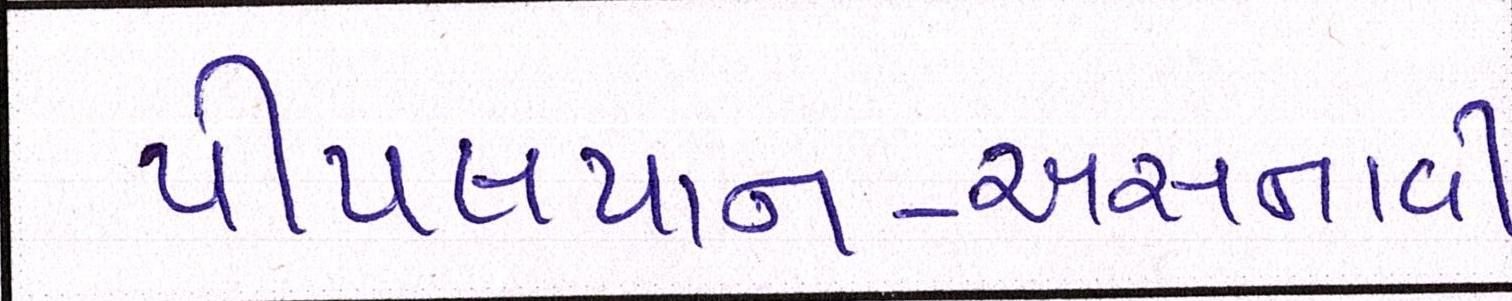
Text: પીપલપાન-અસનાવી